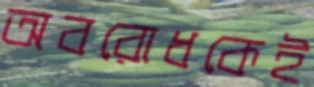
অবরোধকেই